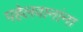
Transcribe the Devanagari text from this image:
पहेलवानांना